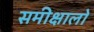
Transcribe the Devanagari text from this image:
समीक्षालों